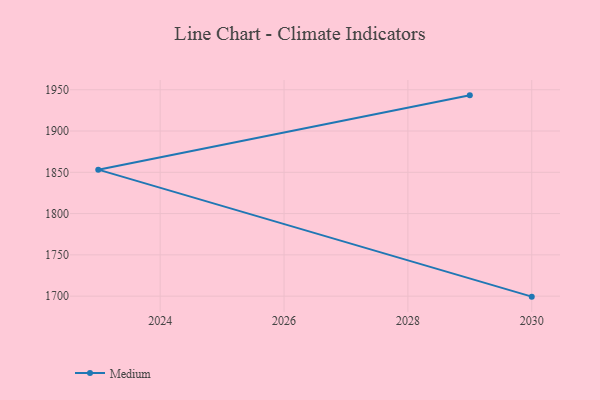
{"axis": {"x": "Year", "y": "Website Visitors"}, "legend": ["Medium"], "data": [{"x": "2030", "y": 1699.4, "type": "Medium"}, {"x": "2023", "y": 1853.2, "type": "Medium"}, {"x": "2029", "y": 1943.2, "type": "Medium"}]}